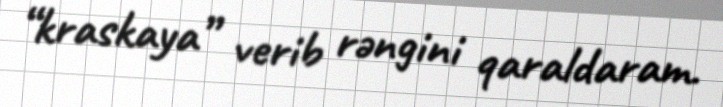
“kraskaya” verib rəngini qaraldaram.